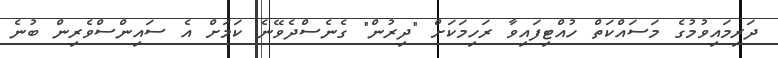
ދަރިމައިވުމުގެ މަސައްކަތް ހުއްޓިފައިވާ ރަހިމަކަށް "ދިރުން" ގެނެސްދެވޭނެ ކަމަށް އެ ސައިންސްވެރިން ބުނެ